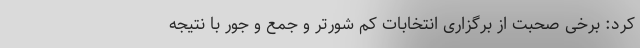
کرد: برخی صحبت از برگزاری انتخابات کم شورتر و جمع و جور با نتیجه